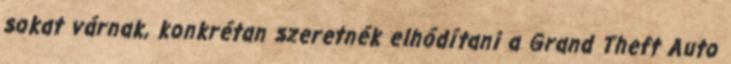
sokat várnak, konkrétan szeretnék elhódítani a Grand Theft Auto